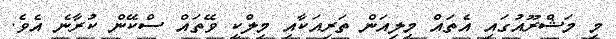
މި މަޝްރޫއުގައި އެތައް މިލިއަން ތަރިއަކާއި މިލްކީ ވޭތައް ސްކޭން ކުރާނެ އެވެ.